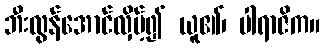
ဘီးလွန်အောင်လှိမ့်၍ ယူ၏၊ ပါရာဇိက။